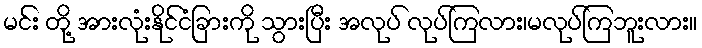
မင်း တို့ အားလုံးနိုင်ငံခြားကို သွားပြီး အလုပ် လုပ်ကြလား၊မလုပ်ကြဘူးလား။